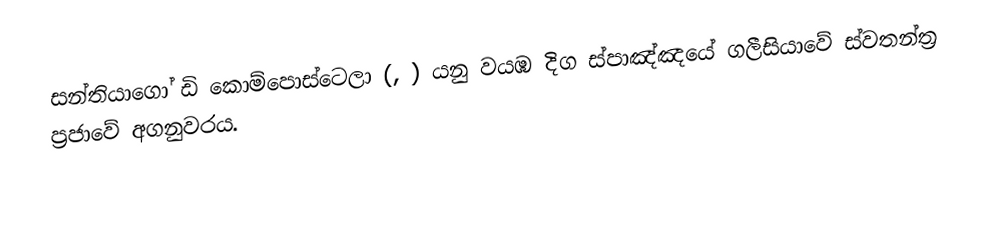
සන්තියාගෝ ඩි කොම්පොස්ටෙලා (, ) යනු වයඹ දිග ස්පාඤ්ඤයේ ගලීසියාවේ ස්වතන්ත්‍ර ප්‍රජාවේ  අගනුවරය.